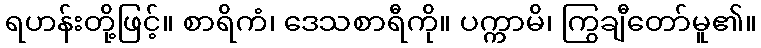
ရဟန်းတို့ဖြင့်။ စာရိကံ၊ ဒေသစာရီကို။ ပက္ကာမိ၊ ကြွချီတော်မူ၏။